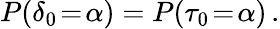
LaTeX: P(\delta_{0}\! =\! \alpha)=P(\tau_{0}\! =\! \alpha)\, .